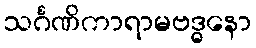
သင်္ဂဏိကာရာမဗဒ္ဓနော